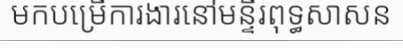
មកបម្រើការងារនៅមន្ទីរពុទ្ធសាសន